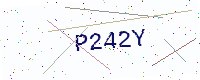
Text: P242Y